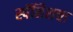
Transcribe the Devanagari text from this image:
स्पॅनिशचा